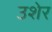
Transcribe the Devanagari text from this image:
उशेर